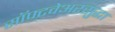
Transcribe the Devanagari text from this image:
सॉफ्टवेअरसुद्धा